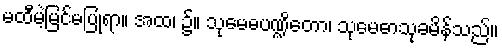
မထီမဲ့မြင်မပြုရာ။ အထ၊ ၌။ သုမေဓပဏ္ဍိတော၊ သုမေဓာသုခမိန်သည်။